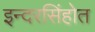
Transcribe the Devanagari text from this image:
इन्दरसिंहोत